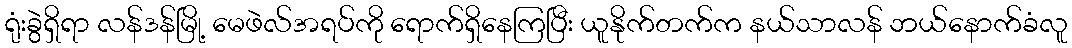
ရုံးခွဲရှိရာ လန်ဒန်မြို့ မေဖဲလ်အရပ်ကို ရောက်ရှိနေကြပြီး ယူနိုက်တက်က နယ်သာလန် ဘယ်နောက်ခံလူ